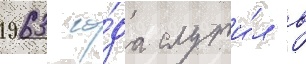
1963 го́да служи́л в